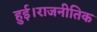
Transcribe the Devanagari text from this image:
हुई।राजनीतिक